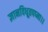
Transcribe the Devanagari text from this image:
ज्ञानविधूतपप्मा।।